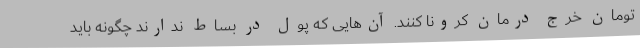
تومان خرج درمان کرونا کنند. آن‌هایی که پول در بساط ندارند چگونه باید